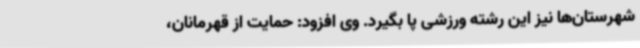
شهرستان‌ها نیز این رشته ورزشی پا بگیرد. وی افزود: حمایت از قهرمانان،